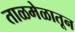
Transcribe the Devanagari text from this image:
ताळमेळातून